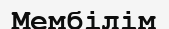
Мембілім